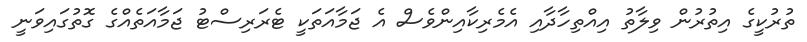
ތުރުކީގެ އިތުރުން ވިލާތު އިއްތިހާދާއި އެމެރިކާއިންވެސް އެ ޖަމާއަތަކީ ޓެރަރިސްޓު ޖަމާއަތެއްގެ ގޮތުގައިވަނީ